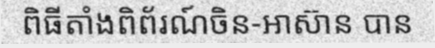
ពិធីតាំងពិព័រណ៍ចិន-អាស៊ាន បាន